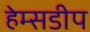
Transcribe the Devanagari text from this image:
हेम्सडीप